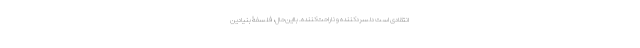
انتقادی است دلسرد‌کننده و ناراحت‌کننده. بااین‌حال، فلسفۀ بنیادینِ